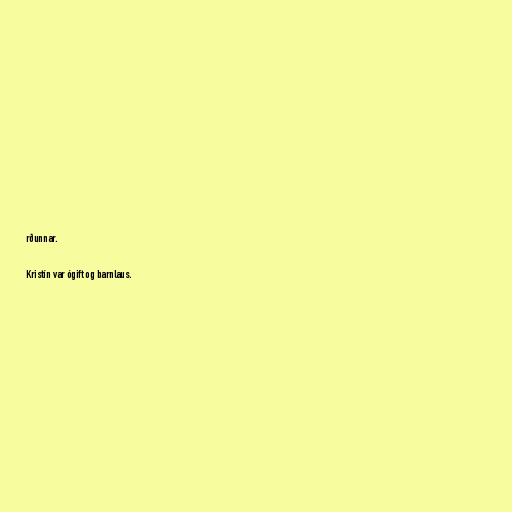
rðunnar.

Kristín var ógift og barnlaus.